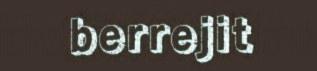
berrejit